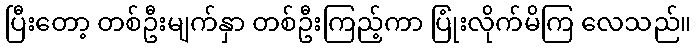
ပြီးတော့ တစ်ဦးမျက်နှာ တစ်ဦးကြည့်ကာ ပြုံးလိုက်မိကြ လေသည်။